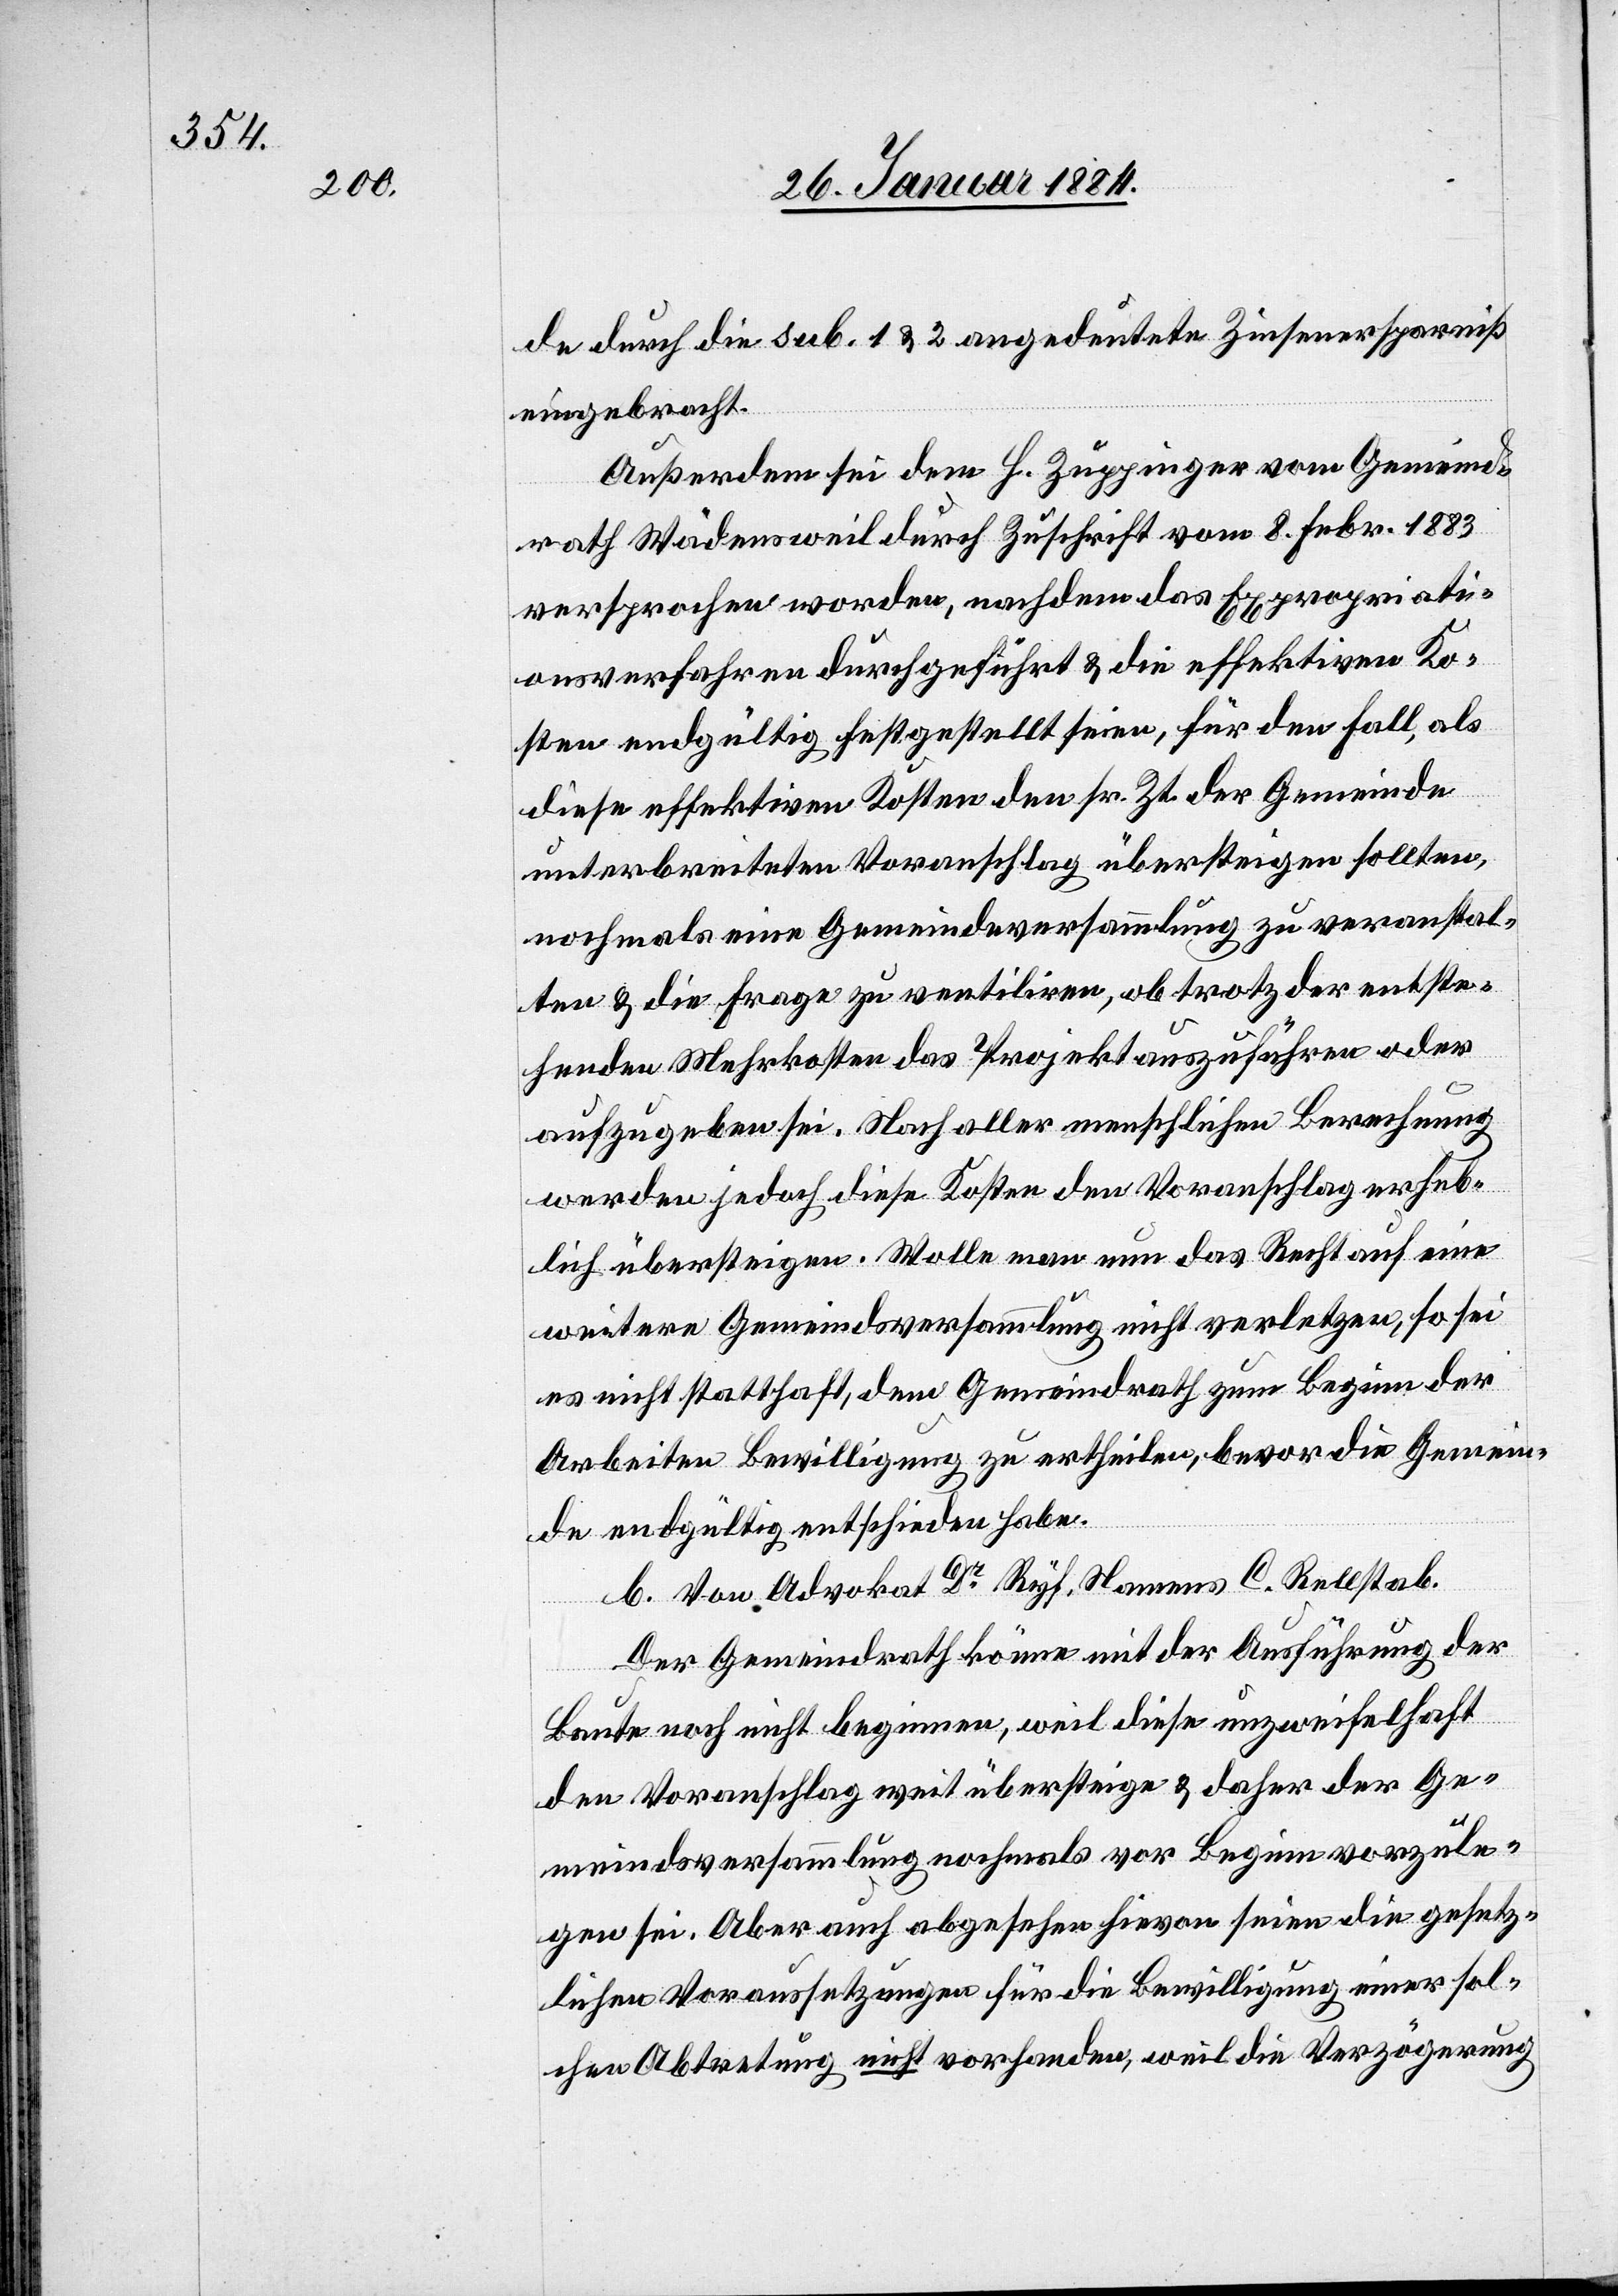
de durch die sub. 1 & 2 angedeutete Zinsersparniß
eingebracht.
Außerdem sei dem h. Zuppinger vom Gemeind¬
rath Wädensweil durch Zuschrift vom 8. Febr. 1883
versprochen worden, nachdem das Expropriati¬
onsverfahren durchgeführt & die effektiven Ko¬
sten endgültig festgestellt seien, für den Fall, als
diese Effektiven Kosten den sr. Zt. der Gemeinde
unterbreiteten Voranschlag übersteigen sollten,
nochmals eine Gemeindeversammlung zu veranstal¬
ten & die Frage zu ventiliren, ob trotz der entste¬
henden Mehrkosten das Projekt auszuführen oder
aufzugeben sei. Noch aller menschlichen Berechnung
werden jedoch diese Kosten den Voranschlag erheb¬
lich übersteigen. Wolle man nun das Recht auf eine
weitre Gemeindsversammlung nicht verletzten, so sei
es nicht statthaft, dem Gemeindrath zum Beginn der
Arbeiten Bewilligung zu ertheilen, bevor die Gemein¬
de endgültig entschieden habe.
b. Von Advokat Dr Ryf, Namens C. Rellstab.
Der Gemeindrath könne mit der Ausführung der
Baute noch nicht beginnen, weil diese unzweifelhaft
den Voranschlag weit übersteige & daher der Ge¬
meindsversammlung nochmals vor Beginn vorzule¬
gen sei. Aber auch abgesehen hievon seien die gesetz¬
lichen Voraussetzungen für die Bewilligung einer sol¬
chen Abtretung nicht vorhanden, weil die Verzögerung